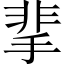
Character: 𩇮